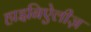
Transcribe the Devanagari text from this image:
हाइनिऐलीज़